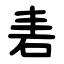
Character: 砉